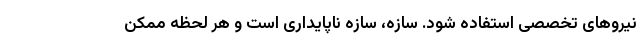
نیروهای تخصصی استفاده شود. سازه، سازه ناپایداری است و هر لحظه ممکن